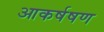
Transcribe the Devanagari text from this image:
आकर्षषण